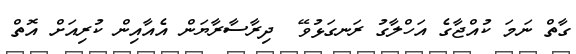
ގާތް ނަމަ ކުއްޖާގެ އަހްލާގު ރަނގަޅުވޭ  ދިރާސާރާޔަން އެއާއިން ކުރިއަށް އޮތް